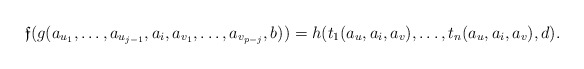
\begin{align*}\mathfrak f(g(a_{u_1},\dots,a_{u_{j-1}},a_i,a_{v_{1}},\dots,a_{v_{p-j}},b)) =h(t_1(a_{u},a_i,a_{v}),\dots,t_n(a_{u},a_i,a_{v}),d).\end{align*}